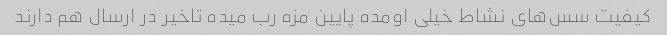
کیفیت سس‌های نشاط خیلی اومده پایین مزه رب میده تاخیر در ارسال هم دارند